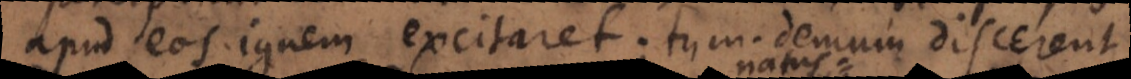
apud eos ignem excitaret; tum demum discerent